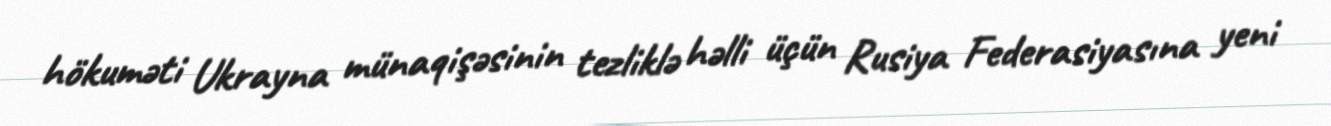
hökuməti Ukrayna münaqişəsinin tezliklə həlli üçün Rusiya Federasiyasına yeni